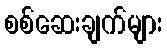
စစ်ဆေးချက်များ